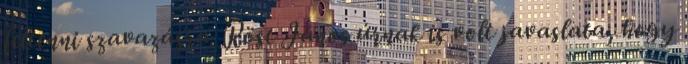
feltenni szavazásra. Röst János úrnak is volt javaslata, hogy